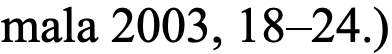
mala 2003, 18–24.)